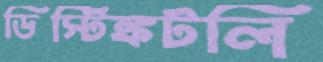
ডিস্টিঙ্কটলি